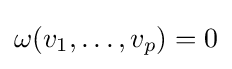
\omega (v_{1},\ldots ,v_{p})=0